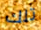
تلك